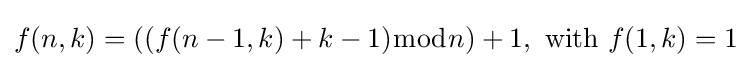
f(n,k)=((f(n-1,k)+k-1){\bmod {n}})+1,{\text{ with }}f(1,k)=1